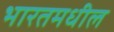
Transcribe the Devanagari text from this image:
भारतमधील